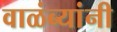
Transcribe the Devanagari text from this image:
वाळंब्यांनी